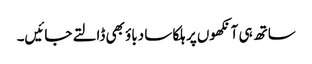
ساتھ ہی آنکھوں پر ہلکا سا دباؤ بھی ڈالتے جائیں۔